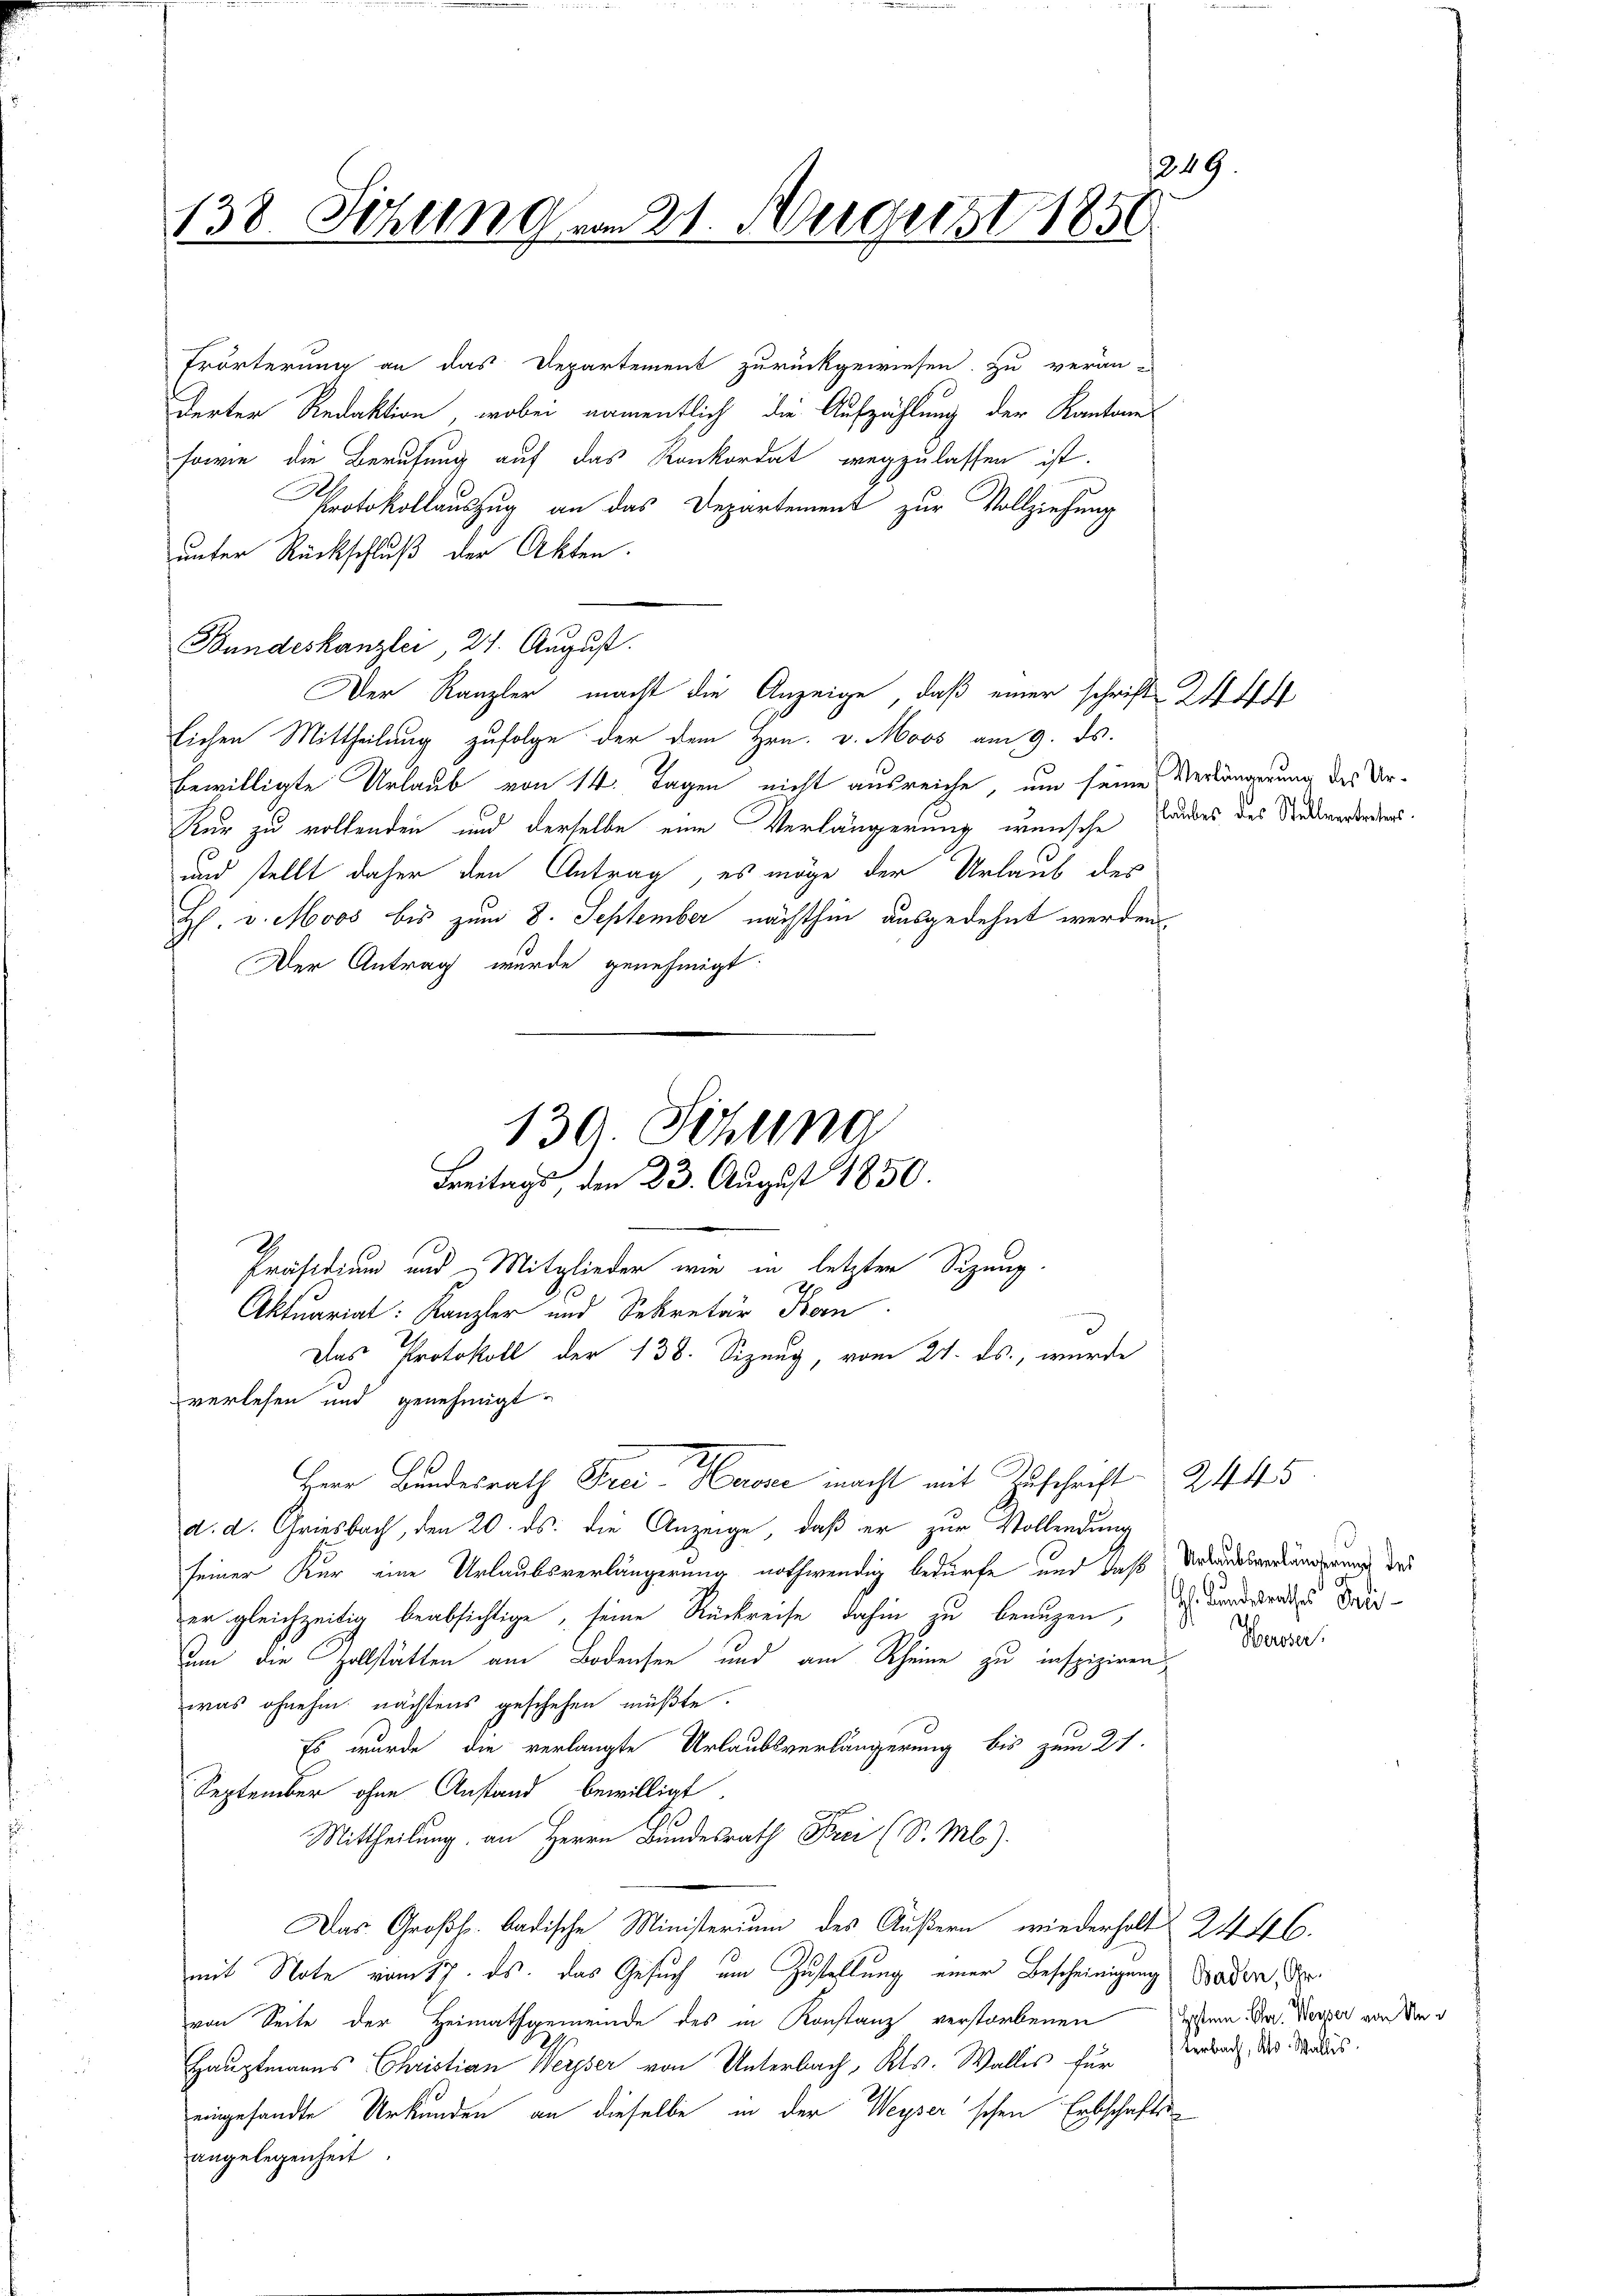
1249
138. Sizung vom 21. August 1850.

Trörterung an das Departement zurückgewiesen. Zu verän-
derten Redaktion, wobei namentlich die Aufzählung der Kantone
sowie die Berufung auf das Konkordat wegzulassen ist.
Protokollauszug an das Departement zur Vollziehung
unter Rückschluß der Akten.
Bundeskanzlei 21. August.
Der Kanzler macht die Anzeige, daß einer schrift 24
lichen Mittheilung zufolge der dem Hrn. v. Moos am 9. ds.
bewilligte Urlaub von 14. Tagen nicht ausreiche, um seine Verlängerung des Ur¬
Kur zu vollenden und derselbe eine Verlängerung wünsche Grundes des Studierterbers
und stellt daher den Antrag, es möge der Urlaub der
H. v. Moos bis zum 8. September nächsthin ausgedehnt werden
Der Antrag wurde genehmigt
Aktuariat: Kanzler und Sekretär Born
Das Protokoll der 138. Sizung, vom 21. ds., wurde
verlesen und genehmigt.
Herr Bundesrath Preise nacht mit Zuschrift 24 45
d. d. Griesbach, den 20. ds. die Anzeige, daß er zur Vollendung
seiner Kur eine Urlaubsverlängerung nothwendig bedürfe und daß Verlandesveränderung des
en gleichzeitig beabsichtige, seine Rückreise dahin zu benügen, wordende Wirum die Zollstätten am Bodensen und am Scheine zu inspiziren,
was ohnehin nächstens geschehen müßte.
Es wurde die verlangte Urlaubsverlängerung bis zum 21.
September ohne Anstand bewilligt.
Mittheilung an Herrn Bundesrath Frei (S. Ml).
Das Großh. badische Ministerium des Äußern wiederholt 2446.
mit Note vom 17. ds. das Gesuch um Zustellung einer Bescheinigung Baden, der
von Seite der Heimathgemeinde des in Konstanz verstorbenen
Hauptmanns Christian Weypser von Unterbach, Kts. Wallis für Verbach, das Maus.
eingesandte Urkunden an dieselbe in der Weyser'schen Erbschaftsangelegenheit

139. Sitzung
E
Freitags, den 23. August 1850.
Präsidium und Mitglieder wie in letzten Sizung.

Herster.

Gytem Char. Werper von Un¬